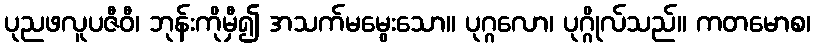
ပုညဖလူပဇီဝီ၊ ဘုန်းကိုမှီ၍ အသက်မမွေးသော။ ပုဂ္ဂလော၊ ပုဂ္ဂိုလ်သည်။ ကတမောစ၊